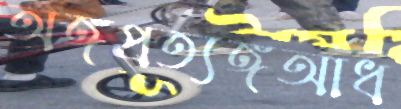
অঙ্গপ্রত্যঙ্গআধ